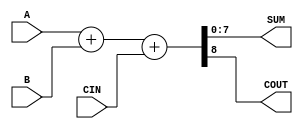
module ParameterizedAdder #(
    parameter WIDTH = 8 // Default width is 8 bits, can be overridden during instantiation
) (
    input  [WIDTH-1:0] A,    // First operand
    input  [WIDTH-1:0] B,    // Second operand
    input  CIN,               // Carry-in (optional)
    output [WIDTH-1:0] SUM,   // Sum output
    output COUT               // Carry-out (optional)
);

    // Internal wire for the carry-out calculation
    wire [WIDTH:0] full_sum; // One extra bit for carry-out

    // Perform the addition operation
    assign full_sum = {1'b0, A} + {1'b0, B} + CIN; // Adding operands and carry-in
    assign SUM = full_sum[WIDTH-1:0]; // Assigning lower WIDTH bits to SUM
    assign COUT = full_sum[WIDTH]; // Assigning the carry-out

endmodule